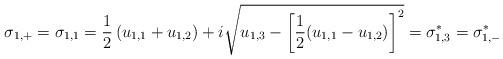
LaTeX: \begin{align*}\sigma_{1,+} = \sigma_{1,1} = \frac{1}{2} \left( u_{1,1} + u_{1,2}\right)+ i \sqrt{u_{1,3} - \left[ \frac{1}{2} (u_{1,1} - u_{1,2}) \right]^{2}}= \sigma^{*}_{1,3} = \sigma^{*}_{1,-}\end{align*}